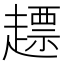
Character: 𧽤